Insane asylums Bombay 1873-77 - 1873-1877
Year: 1873
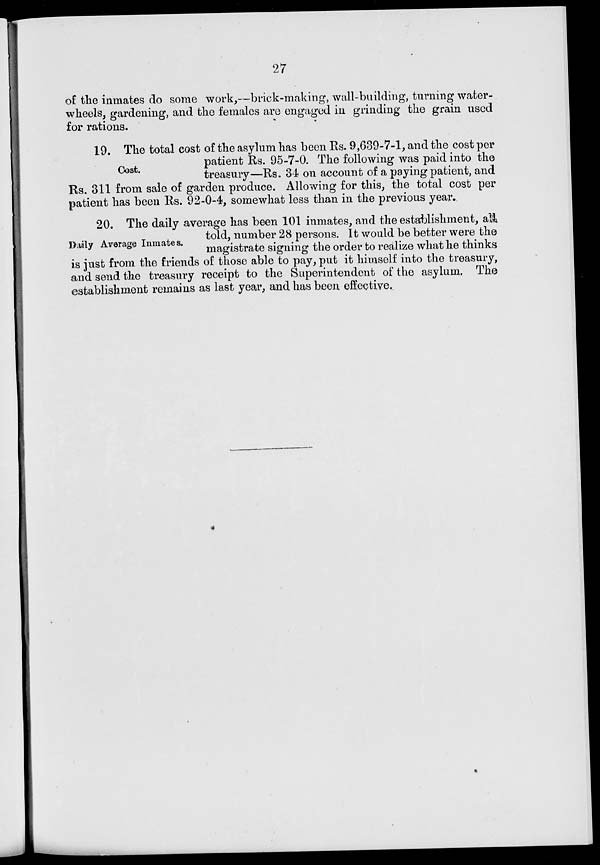
27
of the inmates do some work,—brick-making, wall-building, turning water-
wheels, gardening, and the females are engaged in grinding the grain used
for rations.
Cost.
19. The total cost of the asylum has been Rs. 9,639-7-1, and the cost per
patient Rs. 95-7-0. The following was paid into the
treasury—Rs. 34 on account of a paying patient, and
Rs. 311 from sale of garden produce. Allowing for this, the total cost per
patient has been Rs. 92-0-4, somewhat less than in the previous year.
Daily Average Inmates.
20. The daily average has been 101 inmates, and the establishment, all
told, number 28 persons. It would be better were the
magistrate signing the order to realize what he thinks
is just from the friends of those able to pay, put it himself into the treasury,
and send the treasury receipt to the Superintendent of the asylum. The
establishment remains as last year, and has been effective.